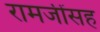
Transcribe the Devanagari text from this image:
रामजींसह